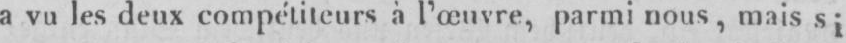
a vu les deux compétiteurs à l’œuvre, parmi nous, mais si